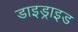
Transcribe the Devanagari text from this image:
डाइड्राइड